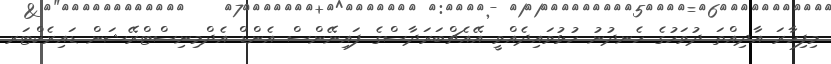
މިފިހާރަ އާދިއްތަ ދުވަހުގެ ހެނދުނު ހުޅުވައިދެއްވީ އޭއެޗްބަރަދާސްގެ ފައިނޭންސް އެންޑް އެދްމިނިސްޓްރޭޝަން ޑައިރެކްޓަރ